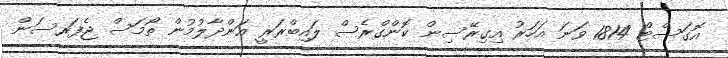
އޮގަސްޓް 1814 ވަނަ އަހަރު އިގިރޭސިން ކޮންގްރެސް ލައިބްރަރީ އަންދާލުމުން ތޯމަސް ޖެފަރސަން